Scottish Leaving Certificate Examination, 1955
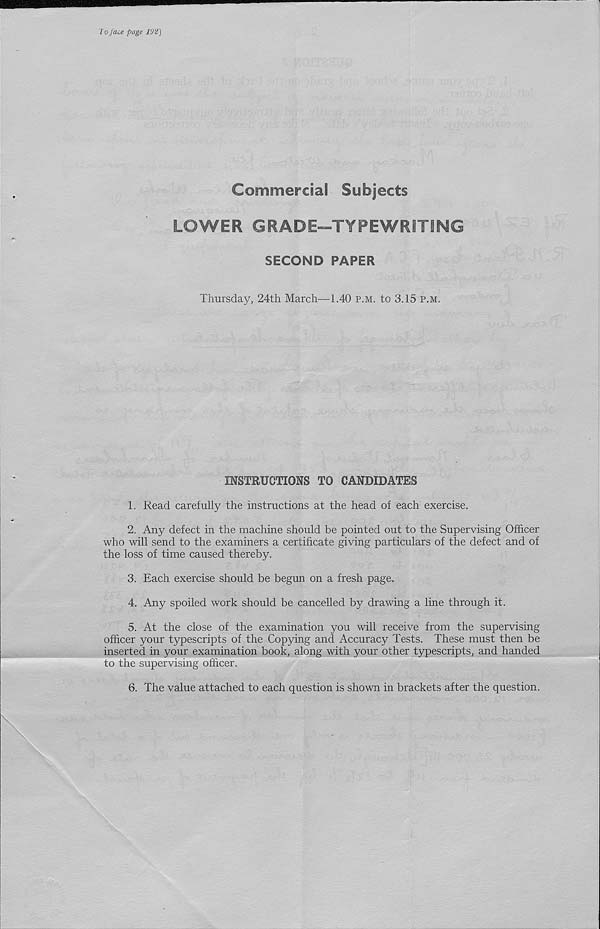
'l o face page 192]
Commercial Subjects
LOWER GRADE-TYPEWRITING
SECOND PAPER
Thursday, 24th March—1.40 p.m. to 3.15 p.m.
INSTRUCTIONS TO CANDIDATES
1. Read carefully the instructions at the head of each exercise.
2. Any defect in the machine should be pointed out to the Supervising Officer
who will send to the examiners a certificate giving particulars of the defect and of
the loss of time caused thereby.
3. Each exercise should be begun on a fresh page.
4. Any spoiled work should be cancelled by drawing a line through it.
5. At the close of the examination you will receive from the supervising
officer your typescripts of the Copying and Accuracy Tests. These must then be
inserted in your examination book, along with your other typescripts, and handed
to the supervising officer.
6. The value attached to each question is shown in brackets after the question.